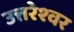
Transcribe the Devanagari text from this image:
उत्तरेश्‍वर